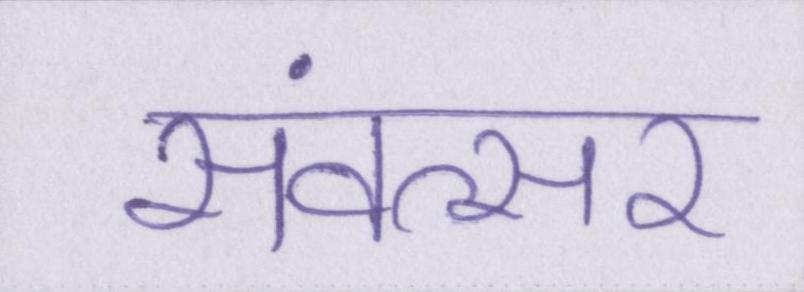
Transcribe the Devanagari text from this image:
संवत्सर